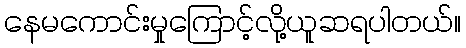
နေမကောင်းမှုကြောင့်လို့ယူဆရပါတယ်။